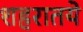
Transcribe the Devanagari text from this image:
शहरातये